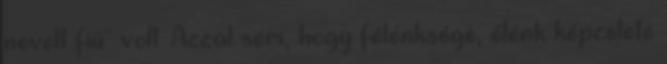
nevelt fiú" volt. Azzal sem, hogy félénksége, élénk képzelete